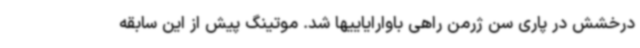
درخشش در پاری سن ژرمن راهی باوارایاییها شد. موتینگ پیش از این سابقه